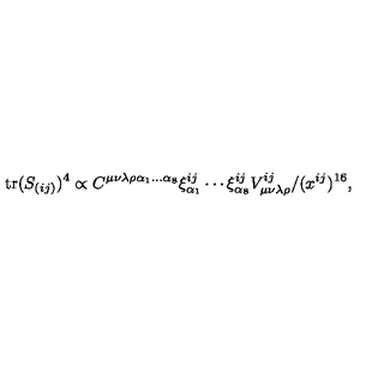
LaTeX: \mathrm { t r } ( S _ { ( i j ) } ) ^ { 4 } \propto C ^ { \mu \nu \lambda \rho \alpha _ { 1 } . . . \alpha _ { 8 } } \xi _ { \alpha _ { 1 } } ^ { i j } \cdots \xi _ { \alpha _ { 8 } } ^ { i j } V _ { \mu \nu \lambda \rho } ^ { i j } / ( x ^ { i j } ) ^ { 1 6 } ,